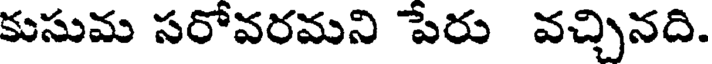
కుసుమ సరోవరమని పేరు వచ్చినది.